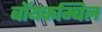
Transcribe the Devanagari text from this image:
बॉयकम्बिल